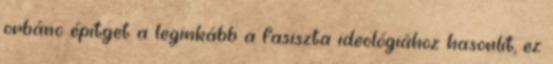
orbánc építget a leginkább a fasiszta ideológiához hasonlít, ez